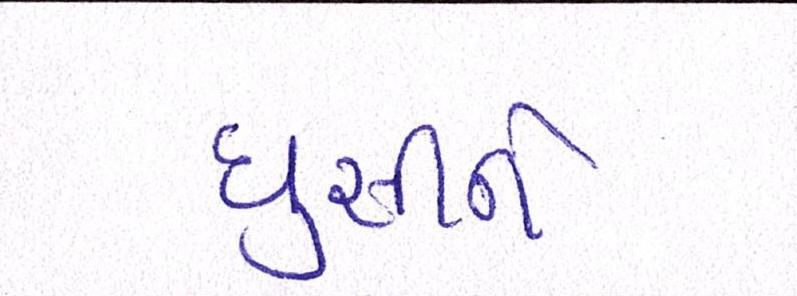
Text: ઘુસીને